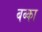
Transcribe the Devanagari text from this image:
बब्का